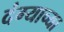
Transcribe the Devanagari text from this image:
दंग्याच्या